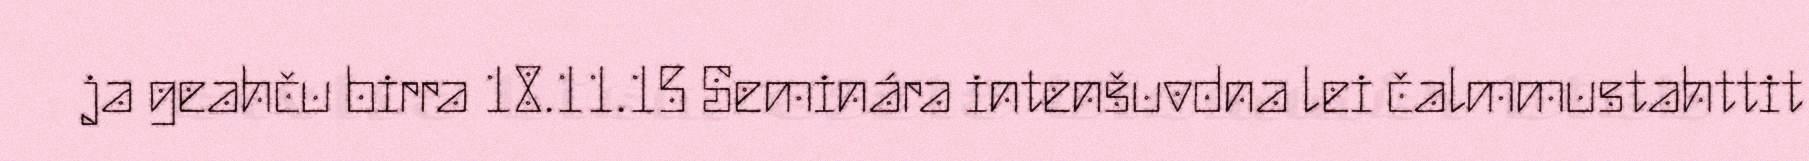
ja geahču birra 18.11.15 Seminára intenšuvdna lei čalmmustahttit